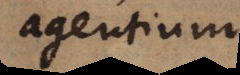
agentium